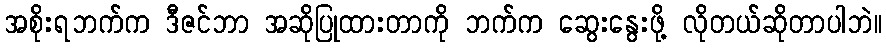
အစိုးရဘက်က ဒီဇင်ဘာ အဆိုပြုထားတာကို ဘက်က ဆွေးနွေးဖို့ လိုတယ်ဆိုတာပါဘဲ။